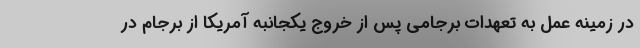
در زمینه عمل به تعهدات برجامی پس از خروج یکجانبه آمریکا از برجام در